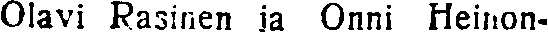
Olavi Rasinen ja Onni Heinon-